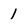
Character: 1